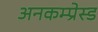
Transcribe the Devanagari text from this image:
अनकम्प्रेस्ड